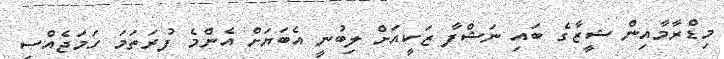
މިޑްރާމާއިން ޝީޒާގެ ބައި ނަޝްފާ ޒަކީއަށް ލިބުނީ އެބަޔަށް އެންމެ ފުރަތަމަ ހަމަޖެއްސި